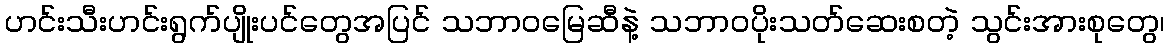
ဟင်းသီးဟင်းရွက်ပျိုးပင်တွေအပြင် သဘာဝမြေဆီနဲ့ သဘာဝပိုးသတ်ဆေးစတဲ့ သွင်းအားစုတွေ၊